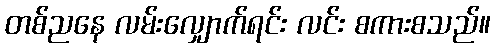
တစ်ညနေ လမ်းလျှောက်ရင်း လင်း စကားစသည်။